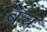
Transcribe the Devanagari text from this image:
ब्रेच